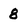
Character: 8